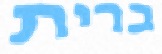
ברית